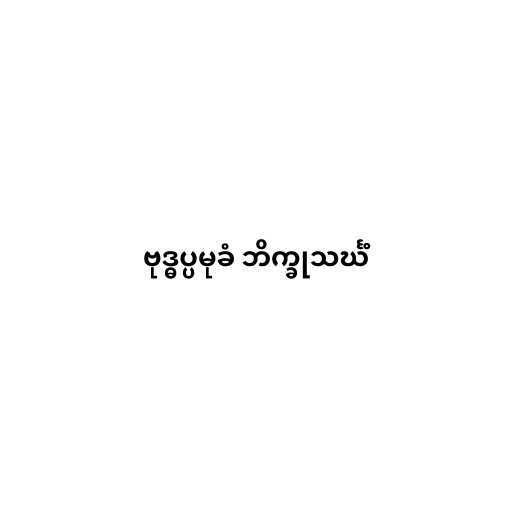
ဗုဒ္ဓပ္ပမုခံ ဘိက္ခုသင်္ဃံ